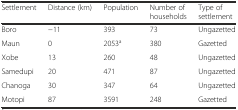
| Settlement | Distance (km) | Population | Number of households | Type of settlement |
 | --- | --- | --- | --- | --- |
 | Boro | −11 | 393 | 73 | Ungazetted |
 | Maun | 0 | 2053a | 380 | Gazetted |
 | Xobe | 13 | 260 | 48 | Ungazetted |
 | Samedupi | 20 | 471 | 87 | Ungazetted |
 | Chanoga | 30 | 347 | 64 | Ungazetted |
 | Motopi | 87 | 3591 | 248 | Gazetted |